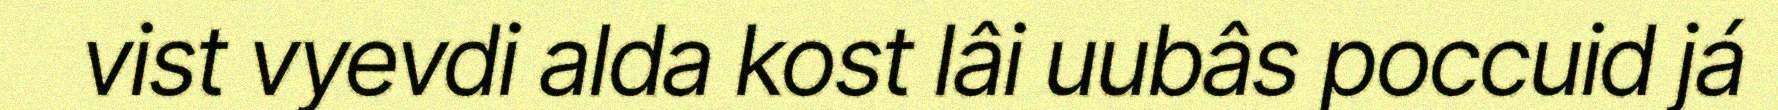
vist vyevdi alda kost lâi uubâs poccuid já